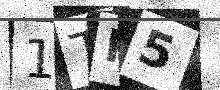
Text: 1TP5